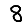
Digit: 8